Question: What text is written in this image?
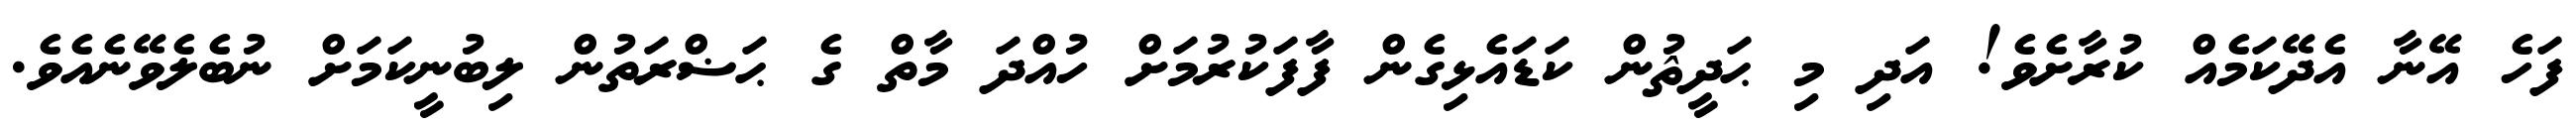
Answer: ފަހެ އޭނާ އެދޭކަމެއް ކުރާށެވެ! އަދި މި ޙަދީޘުން ކަޑައެޅިގެން ފާފަކުރުމަށް ހުއްދަ މާތް ގެ ޙަޟްރަތުން ލިބުނީކަމަށް ނުބެލެވޭނެއެވެ.